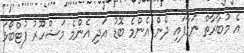
އެ މުބާރާތް ނަގާފައި ދެން އެންމެ ބޮޑު އަދި އެންމެ މަޝްހޫރު ފުޓްބޯޅަ